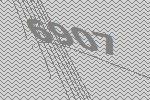
6907